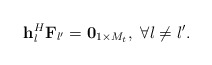
\begin{align*} {{\bf{h}}_l^H}{{\bf{F}}_{l'}} = {{\bf{0}}_{1 \times M_t}},\ \forall l \ne l'. \end{align*}